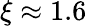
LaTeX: \xi\approx 1.6